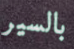
بالسير